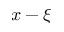
x - \xi